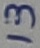
Text: 13